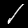
Label: 1